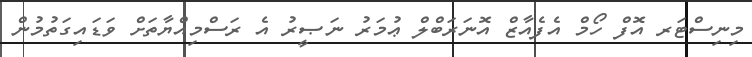
މިނިސްޓަރ އޮފް ހޯމް އެފެއާޒް އޮނަރަބްލް ޢުމަރު ނަޞީރު އެ ރަސްމިއްޔާތަށް ވަޑައިގަތުމުން